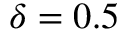
\delta = 0 . 5